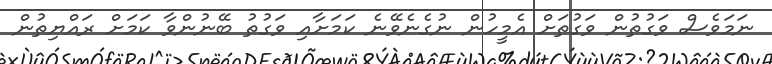
ނަމަވެސް ވަގުތުން ވަގުތަށް އެމީހުން ނުގެނެވޭނެ ކަމަށާއި ވަގުތު ބޭނުންވާ ކަމަށް ރައްޔިތުން